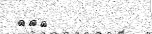
٢٠٨